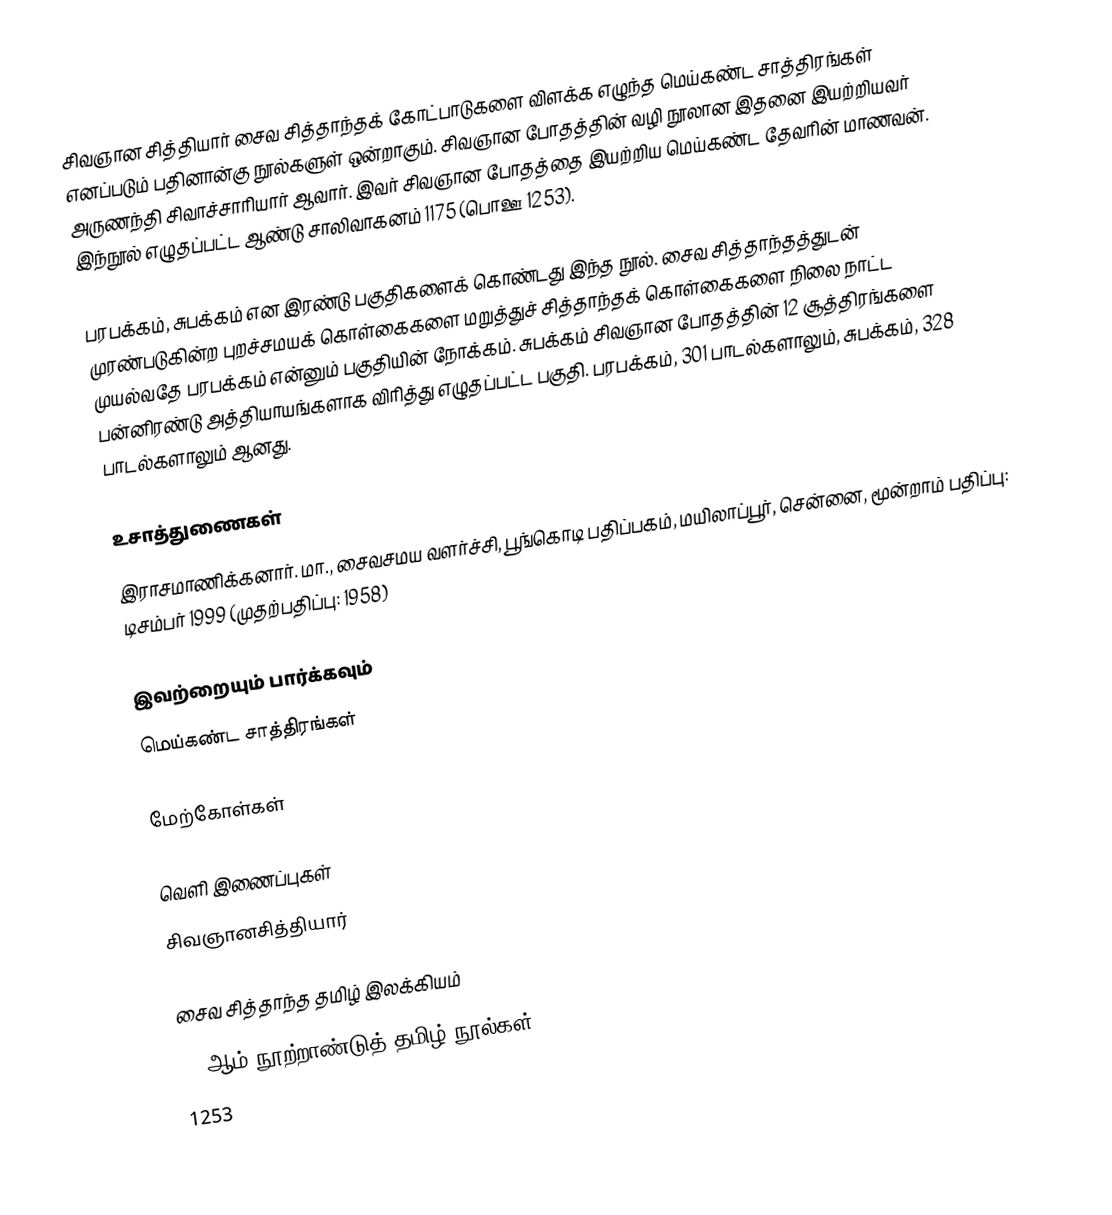
சிவஞான சித்தியார் சைவ சித்தாந்தக் கோட்பாடுகளை விளக்க எழுந்த மெய்கண்ட சாத்திரங்கள் எனப்படும் பதினான்கு நூல்களுள் ஒன்றாகும். சிவஞான போதத்தின் வழி நூலான இதனை இயற்றியவர் அருணந்தி சிவாச்சாரியார் ஆவார். இவர் சிவஞான போதத்தை இயற்றிய மெய்கண்ட தேவரின் மாணவன். இந்நூல் எழுதப்பட்ட ஆண்டு சாலிவாகனம் 1175 (பொஊ 1253).

பரபக்கம், சுபக்கம் என இரண்டு பகுதிகளைக் கொண்டது இந்த நூல். சைவ சித்தாந்தத்துடன் முரண்படுகின்ற புறச்சமயக் கொள்கைகளை மறுத்துச் சித்தாந்தக் கொள்கைகளை நிலை நாட்ட முயல்வதே பரபக்கம் என்னும் பகுதியின் நோக்கம். சுபக்கம் சிவஞான போதத்தின் 12 சூத்திரங்களை பன்னிரண்டு அத்தியாயங்களாக விரித்து எழுதப்பட்ட பகுதி. பரபக்கம், 301 பாடல்களாலும், சுபக்கம், 328 பாடல்களாலும் ஆனது.

உசாத்துணைகள்
 இராசமாணிக்கனார். மா., சைவசமய வளர்ச்சி, பூங்கொடி பதிப்பகம், மயிலாப்பூர், சென்னை, மூன்றாம் பதிப்பு: டிசம்பர் 1999 (முதற்பதிப்பு: 1958)

இவற்றையும் பார்க்கவும்
 மெய்கண்ட சாத்திரங்கள்

மேற்கோள்கள்

வெளி இணைப்புகள்
சிவஞானசித்தியார்

சைவ சித்தாந்த தமிழ் இலக்கியம்
13 ஆம் நூற்றாண்டுத் தமிழ் நூல்கள்
1253